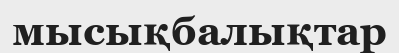
мысықбалықтар